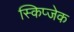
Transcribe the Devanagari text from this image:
स्किप्जेक